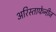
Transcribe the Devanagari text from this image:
अरिस्ताफेनीज